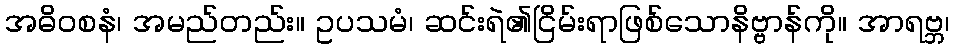
အဓိဝစနံ၊ အမည်တည်း။ ဥပသမံ၊ ဆင်းရဲ၏ငြိမ်းရာဖြစ်သောနိဗ္ဗာန်ကို။ အာရဗ္ဘ၊